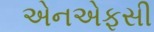
એનએફસી